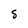
Character: S